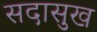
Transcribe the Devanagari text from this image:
सदासुख